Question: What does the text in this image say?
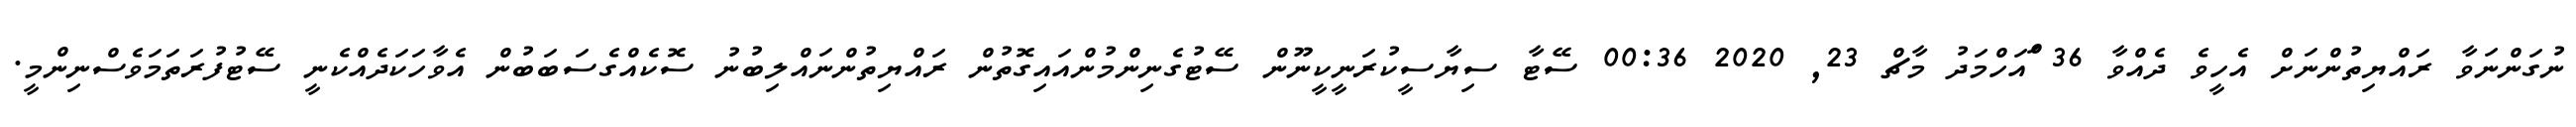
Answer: ނުގަންނަވާ ރައްޔިތުންނަށް އެހީވެ ދެއްވާ 36 ްައަހްމަދު މާޗް 23, 2020 00:36 ސޭޓާ ސިޔާސީކުރަނީކީނޫން ސޭޓުގެނިންމުންއައިގޮތުން ރައްޔިތުންނައްލިބުނު ސޮކެއްގެސަބަބުން އެވާހަކަދެއްކެނީ ސޭޓުފުރަތަމަވެސްނިންމީ.